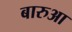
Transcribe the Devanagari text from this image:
बारुआ